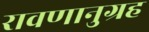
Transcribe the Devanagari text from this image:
रावणानुग्रह